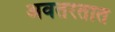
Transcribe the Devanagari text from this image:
अवतरतात